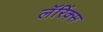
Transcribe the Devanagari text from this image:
लॅरिंक्स